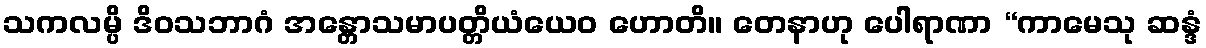
သကလမ္ပိ ဒိဝသဘာဂံ အန္တောသမာပတ္တိယံယေဝ ဟောတိ။ တေနာဟု ပေါရာဏာ “ကာမေသု ဆန္ဒံ